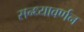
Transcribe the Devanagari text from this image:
सन्ध्यावर्णन